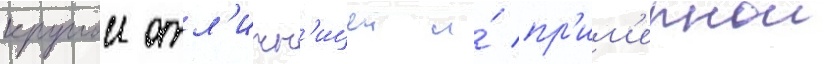
круглои отл'ичн'ицеи и́ пр'им'ернои